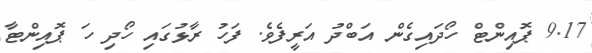
9.17 ޕޮއިންޓް ހޯދައިގެން އަބްދު އަރީފެވެ. ފަހު ރާޅުގައި ހޯދި ހަ ޕޮއިންޓާ